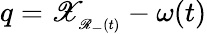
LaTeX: q=\mathscr{X}_{_{\mathscr{R}_{-}(t)}}-\omega(t)